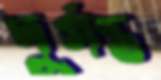
দুর্গন্ত